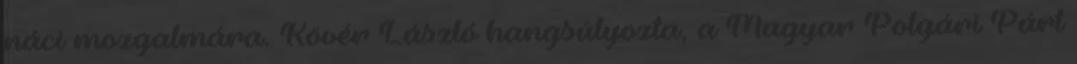
náci mozgalmára. Kövér László hangsúlyozta, a Magyar Polgári Párt